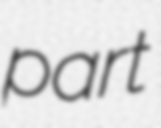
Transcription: part